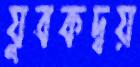
যুবকদ্বয়